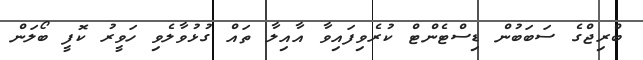
ބްރިޖްގެ ސަބަބުން ޑިސްޓެންޓް ކުރެވިފައިވާ އާއިލާ ތައް ގުޅުވާލެވި ހަވީރު ކޮފީ ބޯލަން